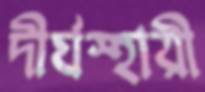
দীর্ঘস্হায়ী